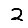
Digit: 2